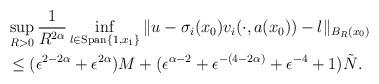
LaTeX: \begin{align*}& \sup_{R >0} \frac{1}{R^{2\alpha}} \displaystyle\inf_{l \in \textrm{Span}\{1, x_1 \}} \| u - \sigma_i(x_0) v_{i}(\cdot, a(x_0)) - l \|_{B_R(x_0)}\\ & \leq (\epsilon^{2 - 2\alpha} + \epsilon^{2 \alpha} ) M + ( \epsilon^{ \alpha-2} + \epsilon^{-(4-2\alpha)} + \epsilon^{-4} + 1) \tilde{N} . \end{align*}